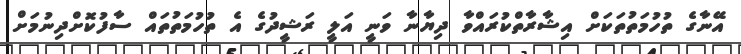
އޭނާގެ ތުހުމަތުތަކަށް އިޝާރާތްކުރައްވާ ދިޔާނާ ވަނީ އަލީ ރަޝީދުގެ އެ ތުހުމަތުތައް ސާފުކޮށްދިނުމަށް